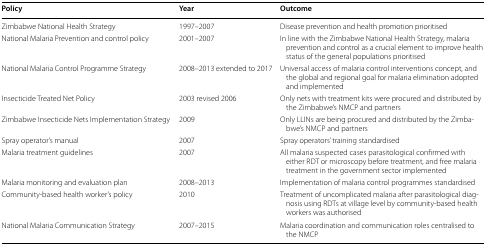
<table><thead><tr><td><b>Policy</b></td><td><b>Year</b></td><td><b>Outcome</b></td></tr></thead><tbody><tr><td>Zimbabwe National Health Strategy</td><td>1997–2007</td><td>Disease prevention and health promotion prioritised</td></tr><tr><td>National Malaria Prevention and control policy</td><td>2001–2007</td><td>In line with the Zimbabwe National Health Strategy, malaria prevention and control as a crucial element to improve health status of the general populations prioritised</td></tr><tr><td>National Malaria Control Programme Strategy</td><td>2008–2013 extended to 2017</td><td>Universal access of malaria control interventions concept, and the global and regional goal for malaria elimination adopted and implemented</td></tr><tr><td>Insecticide Treated Net Policy</td><td>2003 revised 2006</td><td>Only nets with treatment kits were procured and distributed by the Zimbabwe’s NMCP and partners</td></tr><tr><td>Zimbabwe Insecticide Nets Implementation Strategy</td><td>2009</td><td>Only LLINs are being procured and distributed by the Zimbabwe’s NMCP and partners</td></tr><tr><td>Spray operator’s manual</td><td>2007</td><td>Spray operators’ training standardised</td></tr><tr><td>Malaria treatment guidelines</td><td>2007</td><td>All malaria suspected cases parasitological confirmed with either RDT or microscopy before treatment, and free malaria treatment in the government sector implemented</td></tr><tr><td>Malaria monitoring and evaluation plan</td><td>2008–2013</td><td>Implementation of malaria control programmes standardised</td></tr><tr><td>Community-based health worker’s policy</td><td>2010</td><td>Treatment of uncomplicated malaria after parasitological diagnosis using RDTs at village level by community-based health workers was authorised</td></tr><tr><td>National Malaria Communication Strategy</td><td>2007–2015</td><td>Malaria coordination and communication roles centralised to the NMCP</td></tr></tbody></table>